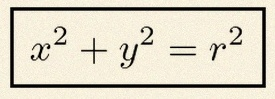
x^2+y^2=r^2